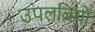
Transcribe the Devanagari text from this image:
उपलबियों